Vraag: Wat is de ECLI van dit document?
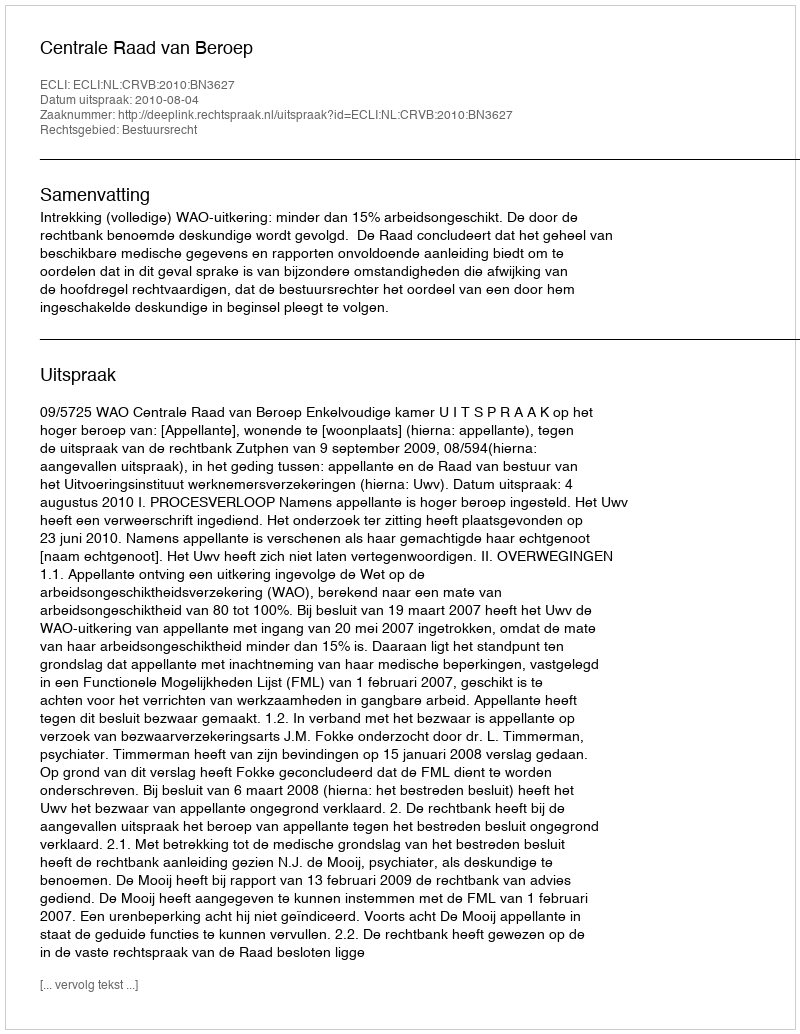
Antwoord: ECLI:NL:CRVB:2010:BN3627